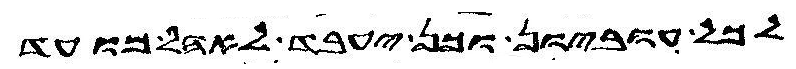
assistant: לכל עוביון וכן יעבד לאהל מועד